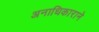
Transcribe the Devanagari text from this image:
अनाधिकाराने